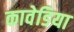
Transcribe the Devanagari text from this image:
कावेडिया